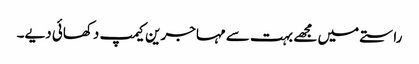
راستے میں مجھے بہت سے مہاجرین کیمپ دکھائی دیے۔